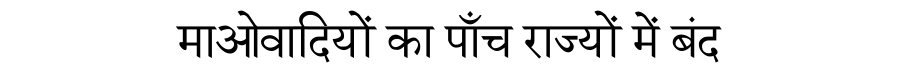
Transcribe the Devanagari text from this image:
माओवादियों का पाँच राज्यों में बंद